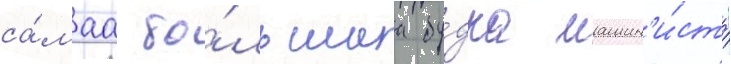
са́маа бо́льшаа бу́дка машин'и́ста